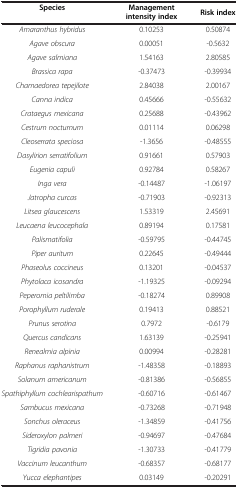
<table><thead><tr><td><b>Species</b></td><td><b>Management intensity index</b></td><td><b>Risk index</b></td></tr></thead><tbody><tr><td><i>Amaranthus hybridus</i></td><td>0.10253</td><td>0.50874</td></tr><tr><td><i>Agave obscura</i></td><td>0.00051</td><td>-0.5632</td></tr><tr><td><i>Agave salmiana</i></td><td>1.54163</td><td>2.80585</td></tr><tr><td><i>Brassica rapa</i></td><td>-0.37473</td><td>-0.39934</td></tr><tr><td><i>Chamaedorea tepejilote</i></td><td>2.84038</td><td>2.00167</td></tr><tr><td><i>Canna indica</i></td><td>0.45666</td><td>-0.55632</td></tr><tr><td><i>Crataegus mexicana</i></td><td>0.25688</td><td>-0.43962</td></tr><tr><td><i>Cestrum nocturnum</i></td><td>0.01114</td><td>0.06298</td></tr><tr><td><i>Cleoserrata speciosa</i></td><td>-1.3656</td><td>-0.48555</td></tr><tr><td><i>Dasylirion serratifolium</i></td><td>0.91661</td><td>0.57903</td></tr><tr><td><i>Eugenia capuli</i></td><td>0.92784</td><td>0.58267</td></tr><tr><td><i>Inga vera</i></td><td>-0.14487</td><td>-1.06197</td></tr><tr><td><i>Jatropha curcas</i></td><td>-0.71903</td><td>-0.92313</td></tr><tr><td><i>Litsea glaucescens</i></td><td>1.53319</td><td>2.45691</td></tr><tr><td><i>Leucaena leucocephala</i></td><td>0.89194</td><td>0.17581</td></tr><tr><td><i>Palismatifolia</i></td><td>-0.59795</td><td>-0.44745</td></tr><tr><td><i>Piper auritum</i></td><td>0.22645</td><td>-0.49444</td></tr><tr><td><i>Phaseolus coccineus</i></td><td>0.13201</td><td>-0.04537</td></tr><tr><td><i>Phytolaca icosandra</i></td><td>-1.19325</td><td>-0.09294</td></tr><tr><td><i>Peperomia peltilimba</i></td><td>-0.18274</td><td>0.89908</td></tr><tr><td><i>Porophyllum ruderale</i></td><td>0.19413</td><td>0.88521</td></tr><tr><td><i>Prunus serotina</i></td><td>0.7972</td><td>-0.6179</td></tr><tr><td><i>Quercus candicans</i></td><td>1.63139</td><td>-0.25941</td></tr><tr><td><i>Renealmia alpinia</i></td><td>0.00994</td><td>-0.28281</td></tr><tr><td><i>Raphanus raphanistrum</i></td><td>-1.48358</td><td>-0.18893</td></tr><tr><td><i>Solanum americanum</i></td><td>-0.81386</td><td>-0.56855</td></tr><tr><td><i>Spathiphyllum cochlearispathum</i></td><td>-0.60716</td><td>-0.61467</td></tr><tr><td><i>Sambucus mexicana</i></td><td>-0.73268</td><td>-0.71948</td></tr><tr><td><i>Sonchus oleraceus</i></td><td>-1.34859</td><td>-0.41756</td></tr><tr><td><i>Sideroxylon palmeri</i></td><td>-0.94697</td><td>-0.47684</td></tr><tr><td><i>Tigridia pavonia</i></td><td>-1.30733</td><td>-0.41779</td></tr><tr><td><i>Vaccinum leucanthum</i></td><td>-0.68357</td><td>-0.68177</td></tr><tr><td><i>Yucca elephantipes</i></td><td>0.03149</td><td>-0.20291</td></tr></tbody></table>